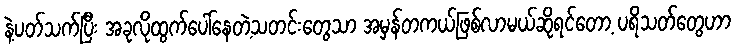
နဲ့ပတ်သက်ပြီး အခုလိုထွက်ပေါ်နေတဲ့သတင်းတွေသာ အမှန်တကယ်ဖြစ်လာမယ်ဆိုရင်တော့ ပရိသတ်တွေဟာ